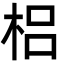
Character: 梠